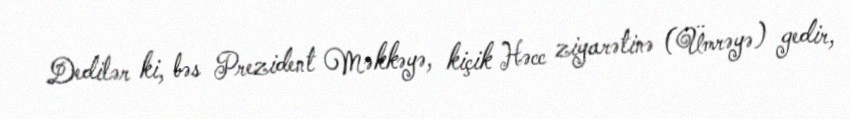
Dedilər ki, bəs Prezident Məkkəyə, kiçik Həcc ziyarətinə (Ümrəyə) gedir,